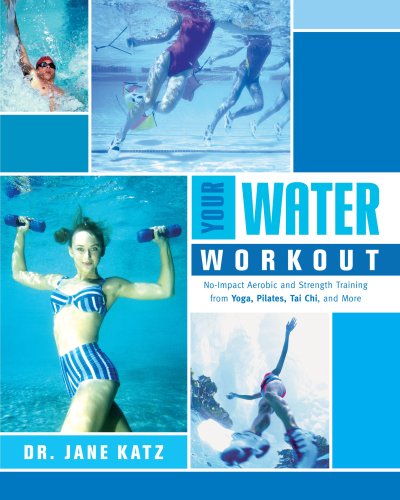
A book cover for Your Water Workout: No-Impact Aerobic and Strength Training From Yoga, Pilates, Tai Chi, and More; Jane Katz; Health, Fitness & Dieting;